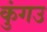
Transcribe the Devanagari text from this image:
कुंगउ